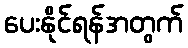
ပေးနိုင်ရန်အတွက်